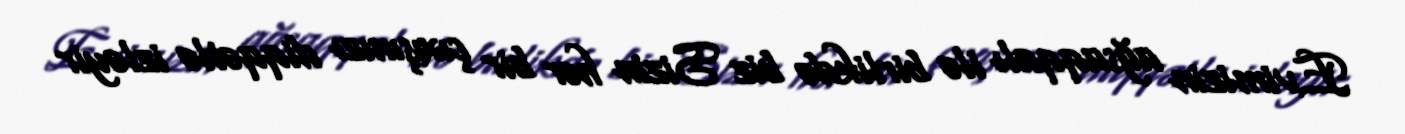
Evimizin ağsaqqalı ilə birlikdə biz Sizin hər bir çıxışınızı diqqətlə izləyir